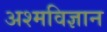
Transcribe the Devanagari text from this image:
अश्मविज्ञान